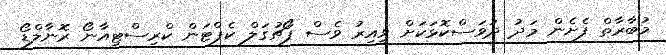
މުބާރާތް ފެށެން މަދު ދުވަސްކޮޅަކަށް ވީއިރު ވެސް ޕޯޗުގަލް ކެޕްޓަން ކްރިސްޓިއާނޯ ރޮނާލްޑޯ